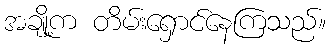
အချို့က တိမ်းရှောင်နေကြသည်။